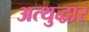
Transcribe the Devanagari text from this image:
अत्थुद्धार